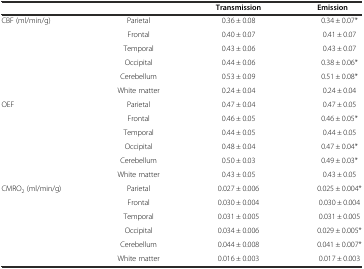
|  |  | Transmission | Emission |
 | --- | --- | --- | --- |
 | <ROWSPAN=6> CBF (ml/min/g) | Parietal | 0.36 ± 0.08 | 0.34 ± 0.07* |
 | Frontal | 0.40 ± 0.07 | 0.41 ± 0.07 |
 | Temporal | 0.43 ± 0.06 | 0.43 ± 0.07 |
 | Occipital | 0.44 ± 0.06 | 0.38 ± 0.06* |
 | Cerebellum | 0.53 ± 0.09 | 0.51 ± 0.08* |
 | White matter | 0.24 ± 0.04 | 0.24 ± 0.04 |
 | <ROWSPAN=6> OEF | Parietal | 0.47 ± 0.04 | 0.47 ± 0.05 |
 | Frontal | 0.46 ± 0.05 | 0.46 ± 0.05* |
 | Temporal | 0.44 ± 0.05 | 0.44 ± 0.05 |
 | Occipital | 0.48 ± 0.04 | 0.47 ± 0.04* |
 | Cerebellum | 0.50 ± 0.03 | 0.49 ± 0.03* |
 | White matter | 0.43 ± 0.05 | 0.43 ± 0.05 |
 | <ROWSPAN=6> CMRO2 (ml/min/g) | Parietal | 0.027 ± 0.006 | 0.025 ± 0.004* |
 | Frontal | 0.030 ± 0.004 | 0.030 ± 0.004 |
 | Temporal | 0.031 ± 0.005 | 0.031 ± 0.005 |
 | Occipital | 0.034 ± 0.006 | 0.029 ± 0.005* |
 | Cerebellum | 0.044 ± 0.008 | 0.041 ± 0.007* |
 | White matter | 0.016 ± 0.003 | 0.017 ± 0.003 |